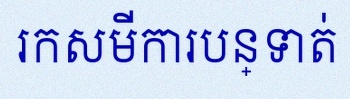
រកសមីការបន្ទាត់